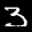
Label: 3